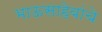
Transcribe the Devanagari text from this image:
भाऊसाहेबांचे